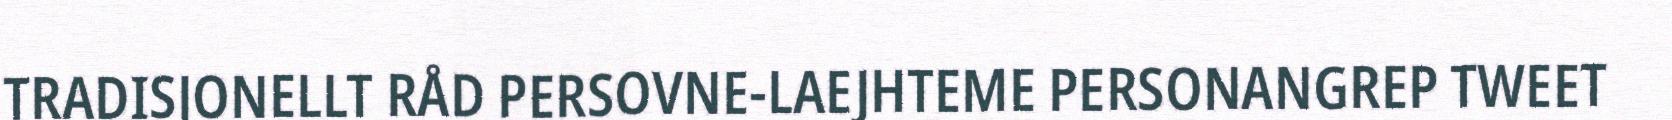
TRADISJONELLT RÅD PERSOVNE-LAEJHTEME PERSONANGREP TWEET